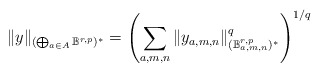
\begin{align*}\|y\|_{(\bigoplus_{a\in A}\mathbb{B}^{r,p})^*}=\left(\sum_{a,m,n}\|y_{a,m,n}\|_{(\mathbb{B}_{a,m,n}^{r,p})^*}^q\right)^{1/q}\end{align*}